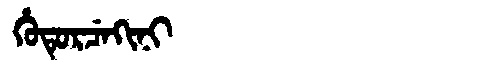
Manchu: ᡥᡠᡨᡠᡵᠴᡝᡴᡳᠨᡳ
Romanization: HUTURCEKINI